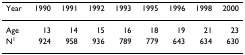
<table><thead><tr><td><b>Year</b></td><td><b>1990</b></td><td><b>1991</b></td><td><b>1992</b></td><td><b>1993</b></td><td><b>1995</b></td><td><b>1996</b></td><td><b>1998</b></td><td><b>2000</b></td></tr></thead><tbody><tr><td>Age</td><td>13</td><td>14</td><td>15</td><td>16</td><td>18</td><td>19</td><td>21</td><td>23</td></tr><tr><td>N<sup>1</sup></td><td>924</td><td>958</td><td>936</td><td>789</td><td>779</td><td>643</td><td>634</td><td>630</td></tr></tbody></table>